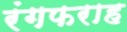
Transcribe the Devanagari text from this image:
रंगफराह